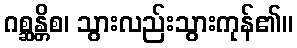
ဂစ္ဆန္တိစ၊ သွားလည်းသွားကုန်၏။